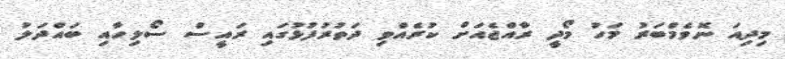
މިދިއަ ނޮވެމްބަރު މަހު މޯދީ ރާއްޖެއަށް ކުރެއްވި ދަތުރުފުޅުގައި ރައީސް ސޯލިހާއި ބައްދަލު